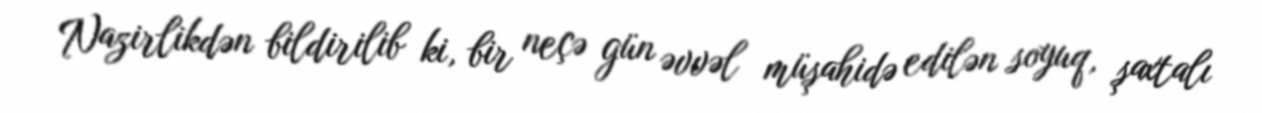
Nazirlikdən bildirilib ki, bir neçə gün əvvəl müşahidə edilən soyuq, şaxtalı